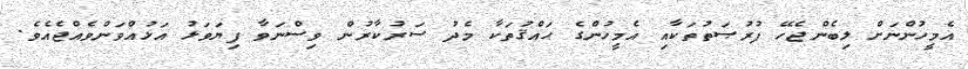
އެމީހުންނަށް ލިބެންޖެހޭ ފުރުޞަތުތަކާއި އެމީހުންގެ ޙައްޤުތަކާ މެދު ސަރުކާރުން ވިސްނަވާ ފިޔަވަޅު އަޅުއްވަންވެއްޖެއެވެ.